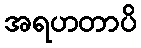
အရဟတာပိ